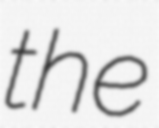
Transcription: the